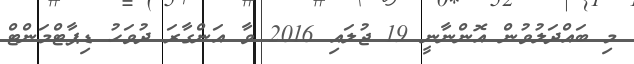
މި ބައްދަލުވުން އޮންނާނީ 19 ޖުލައި 2016 ވާ އަންގާރަ ދުވަހު ޑިޕާޓްމަންޓް